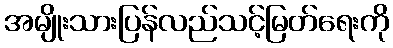
အမျိုးသားပြန်လည်သင့်မြတ်ရေးကို